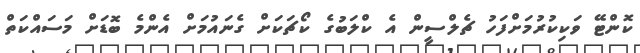
ކޮންޓޭ ވަކިކުރުމަށްފަހު ޗެލްސީން އެ ކްލަބުގެ ކޯޗަކަށް ގެނައުމަށް އެންމެ ބޮޑަށް މަސައްކަތް